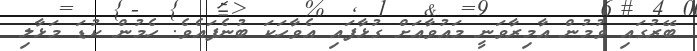
ބޭރުގައި ވުމުން އާމިރާވަނީ މައުވާއަށް ގުޅާފައި އެވާހަކަ ބުނެފައެވެ. ހެމުން ކުޑަ މަޅާލި